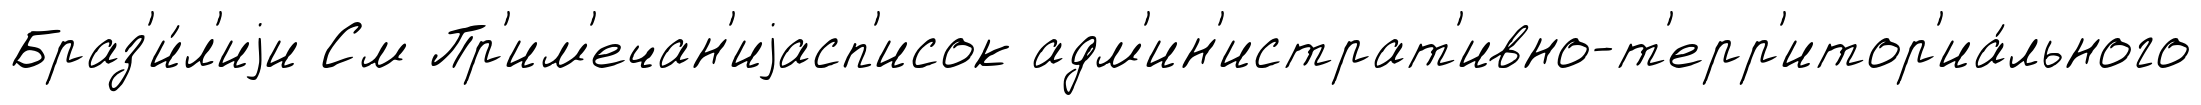
Браз'и́л'иjи См Пр'им'ечан'иjасп'исок адм'ин'истрат'ивно-т'ерр'итор'иа́льного